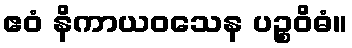
ဧဝံ နိကာယဝသေန ပဉ္စဝိဓံ။